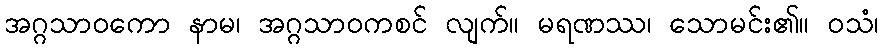
အဂ္ဂသာဝကော နာမ၊ အဂ္ဂသာဝကစင် လျက်။ မရဏဿ၊ သောမင်း၏။ ဝသံ၊